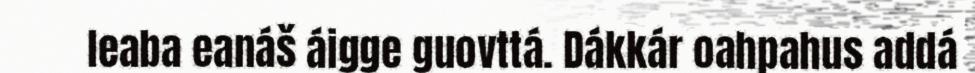
leaba eanáš áigge guovttá. Dákkár oahpahus addá